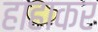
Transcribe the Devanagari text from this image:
हाहाकर